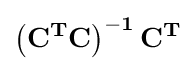
\mathbf {\left(C^{T}C\right)^{-1}C^{T}}